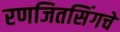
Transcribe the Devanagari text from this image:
रणजितसिंगचे